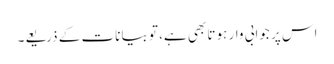
اس پر جوابی وار ہوتا بھی ہے، تو بیانات کے ذریعے۔